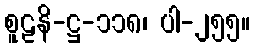
စူဠနိ-ဋ္ဌ-၁၁၈၊ ပါ-၂၅၅။